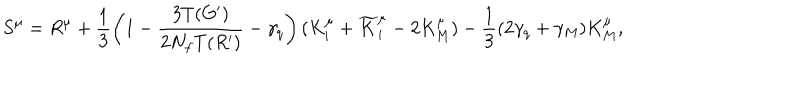
S ^ { \mu } = R ^ { \mu } + \frac { 1 } { 3 } \left( 1 - \frac { 3 T ( G ^ { \prime } ) } { 2 N _ { f } T ( R ^ { \prime } ) } - \gamma _ { q } \right) ( K _ { i } ^ { \mu } + \widetilde { K } _ { i } ^ { \mu } - 2 K _ { M } ^ { \mu } ) - \frac { 1 } { 3 } ( 2 \gamma _ { q } + \gamma _ { M } ) K _ { M } ^ { \mu } ,